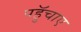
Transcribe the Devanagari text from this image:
पहुॅचाए